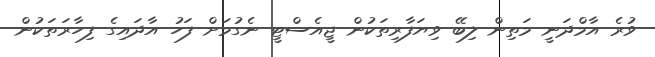
ވުރެ އާމްދަނީ މަތިން ލިބޭ ވިޔަފާރިތަކުން ޖީއެސްޓީ ނެގުމަށް ފަހު އާދައިގެ ފިހާރަތަކުން